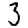
Digit: 3